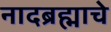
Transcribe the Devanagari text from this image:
नादब्रह्माचे